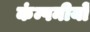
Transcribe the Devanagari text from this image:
कंम्पनीयों